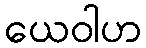
ယေဝါဟ